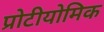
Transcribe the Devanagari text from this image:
प्रोटीयोमिक